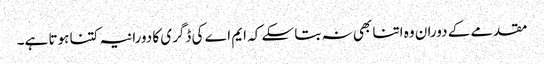
مقدمے کے دوران وہ اتنا بھی نہ بتا سکے کہ ایم اے کی ڈگری کا دورانیہ کتنا ہوتا ہے۔